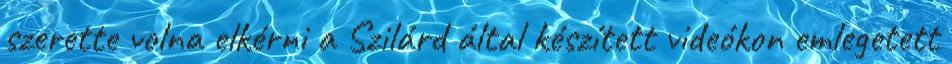
szerette volna elkérni a Szilárd által készített videókon emlegetett